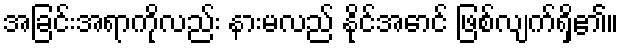
အခြင်းအရာကိုလည်း နားမလည် နိုင်အောင် ဖြစ်လျက်ရှိ၏။